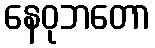
နေဝုဘတော